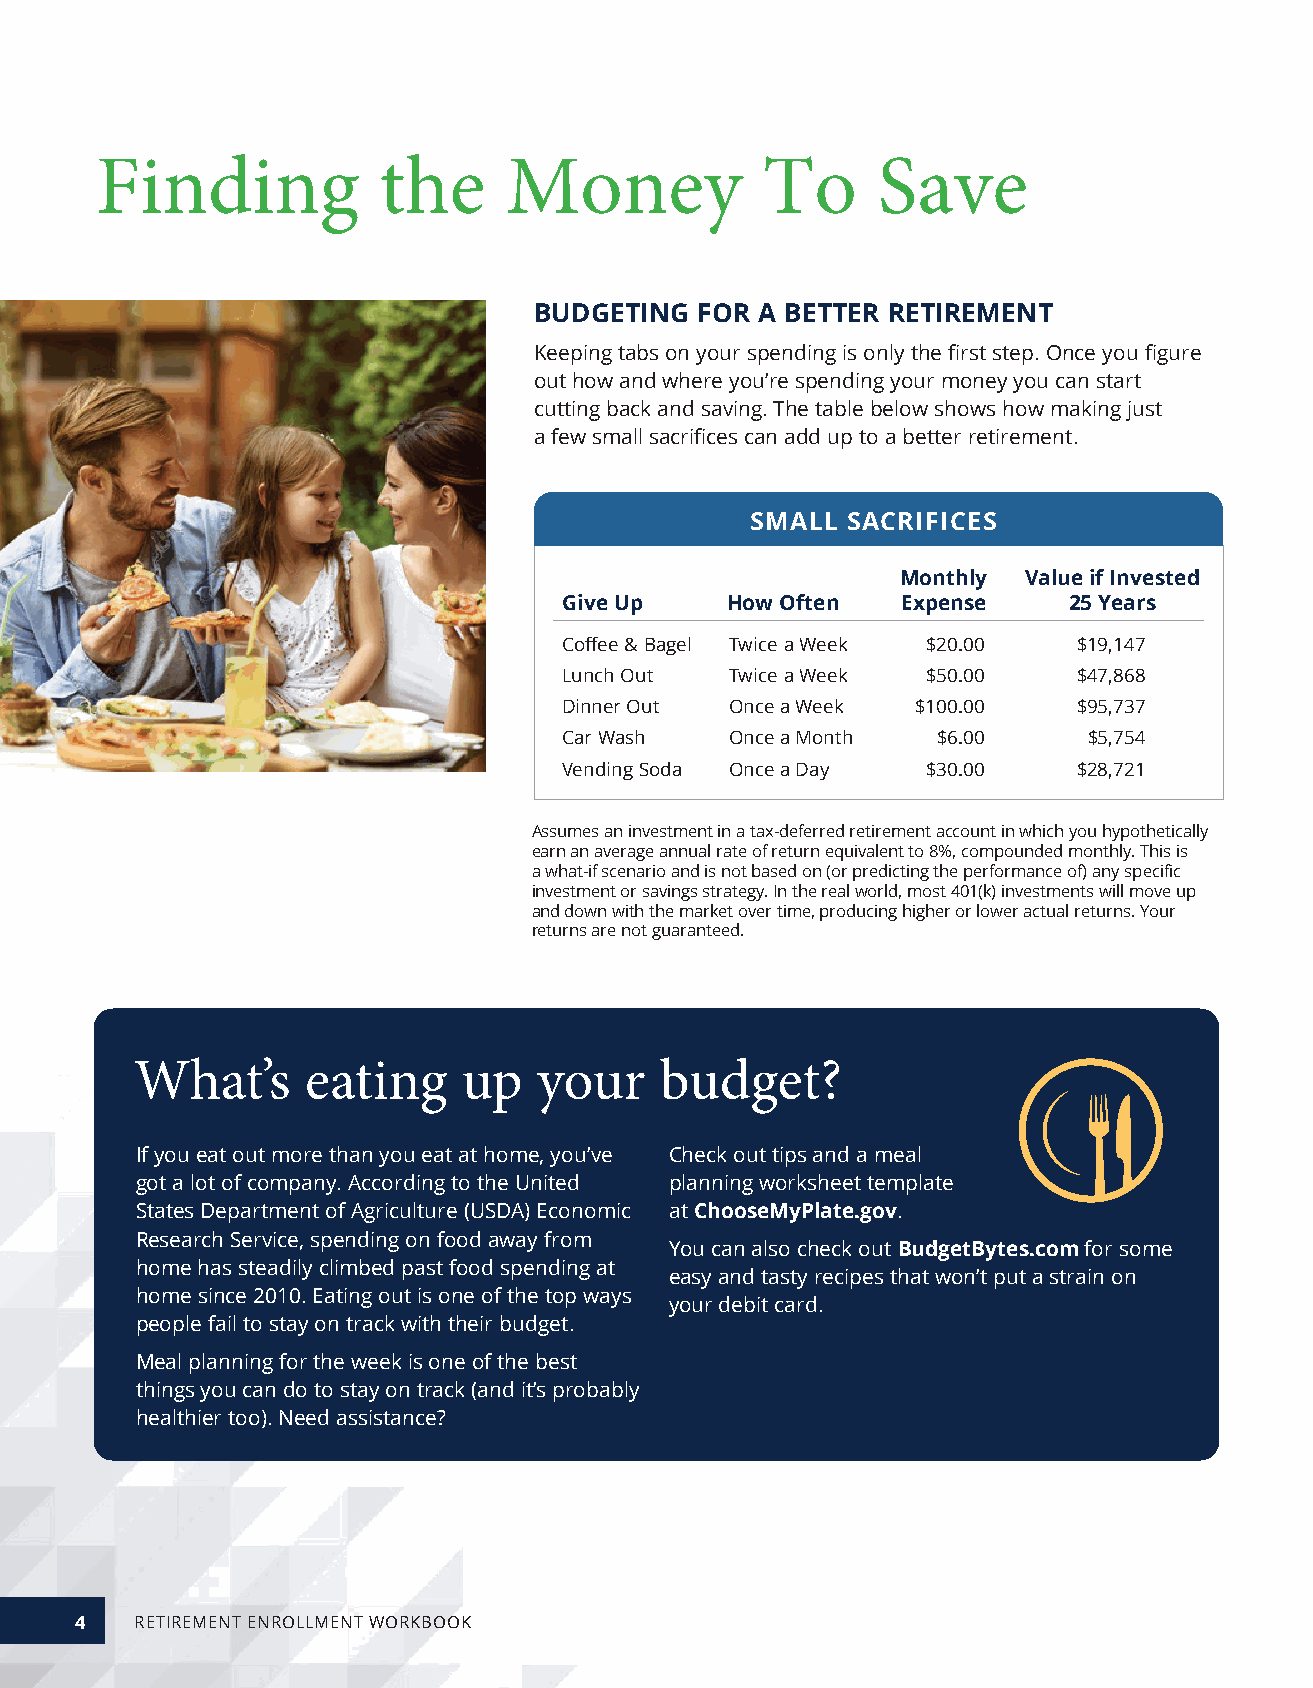
Finding            the     Money            To      Save
 BUDGETING  FOR A BETTER RETIREMENT
 Keeping tabs on your spending is only the first step. Once you figure
 out how and where you’re spending your money you can start
 cutting back and saving. The table below shows how making just
 a few small sacrifices can add up to a better retirement.
 SMALL SACRIFICES
 Monthly Value if Invested
 Give Up    How Often   Expense    25 Years
 Coffee & Bagel Twice a Week $20.00 $19,147
 Lunch Out  Twice a Week $50.00    $47,868
 Dinner Out Once a Week  $100.00   $95,737
 Car Wash   Once a Month  $6.00     $5,754
 Vending Soda Once a Day $30.00    $28,721
 Assumes an investment in a tax-deferred retirement account in which you hypothetically
 earn an average annual rate of return equivalent to 8%, compounded monthly. This is
 a what-if scenario and is not based on (or predicting the performance of) any specific
 investment or savings strategy. In the real world, most 401(k) investments will move up
 and down with the market over time, producing higher or lower actual returns. Your
 returns are not guaranteed.
 What’s     eating     up   your    budget?
 If you eat out more than you eat at home, you’ve Check out tips and a meal
 got a lot of company. According to the United planning worksheet template
 States Department of Agriculture (USDA) Economic at ChooseMyPlate .gov.
 Research Service, spending on food away from
 You can also check out BudgetBytes .com for some
 home has steadily climbed past food spending at
 easy and tasty recipes that won’t put a strain on
 home since 2010. Eating out is one of the top ways
 your debit card.
 people fail to stay on track with their budget.
 Meal planning for the week is one of the best
 things you can do to stay on track (and it’s probably
 healthier too). Need assistance?
 4   RETIREMENT ENROLLMENT WORKBOOK